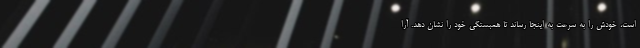
است، خودش را به سرعت به اینجا رساند تا همبستگی خود را نشان دهد. آرا